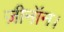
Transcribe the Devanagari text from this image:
ज़ीनॉन।